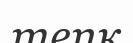
тепк